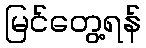
မြင်တွေ့ရန်